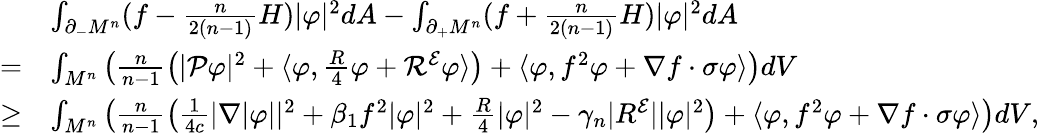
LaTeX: \begin{array}{rl}&{\int_{\partial_{-}M^{n}}(f-\frac{n}{2(n-1)}H)|\varphi|^{2}dA-\int_{\partial_{+}M^{n}}(f+\frac{n}{2(n-1)}H)|\varphi|^{2}dA}\\ {=}&{\int_{M^{n}}\left(\frac{n}{n-1}\left(|\mathcal{P}\varphi|^{2}+\langle\varphi,\frac{R}{4}\varphi+\mathcal{R}^{\mathcal{E}}\varphi\rangle\right)+\langle\varphi,f^{2}\varphi+\nabla f\cdot\sigma\varphi\rangle\right)dV}\\ {\ge}&{\int_{M^{n}}\left(\frac{n}{n-1}\left(\frac{1}{4c}|\nabla|\varphi||^{2}+\beta_{1}f^{2}|\varphi|^{2}+\frac{R}{4}|\varphi|^{2}-\gamma_{n}|R^{\mathcal{E}}||\varphi|^{2}\right)+\langle\varphi,f^{2}\varphi+\nabla f\cdot\sigma\varphi\rangle\right)dV,}\end{array}